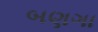
બણગા